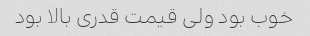
خوب بود ولی قیمت قدری بالا بود